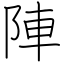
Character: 陣